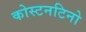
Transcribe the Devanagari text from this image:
कोस्टनटिनो